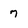
Character: 7